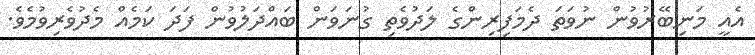
އެއީ މަނިބޭރުވުން ނުވަތަ ދެމަފިރިންގެ ލަދުވެތި ގުނަވަން ބައްދަލުވުން ފަދަ ކަމެއް މެދުވެރިވުމެވެ.